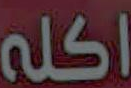
اكله